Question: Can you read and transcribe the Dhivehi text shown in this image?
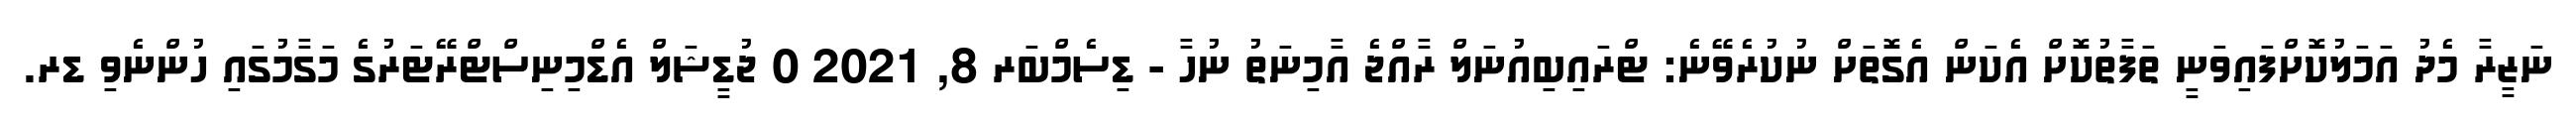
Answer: ނަޒީރާ މެދު އަމަލުކޮށްފައިވަނީ ތަފާތުކޮށް އެކަން އެގޮތަށް ނުކުރެވޭނެ: ޓްރައިބިއުނަލް ރާއްޖެ އާމިނަތު ނުހާ - ޑިސެމްބަރ 8, 2021 0 ޖުޑީޝަލް އެޑްމިނިސްޓްރޭޓަރުގެ މަގާމުގައި ހުންނެވި ޑރ.